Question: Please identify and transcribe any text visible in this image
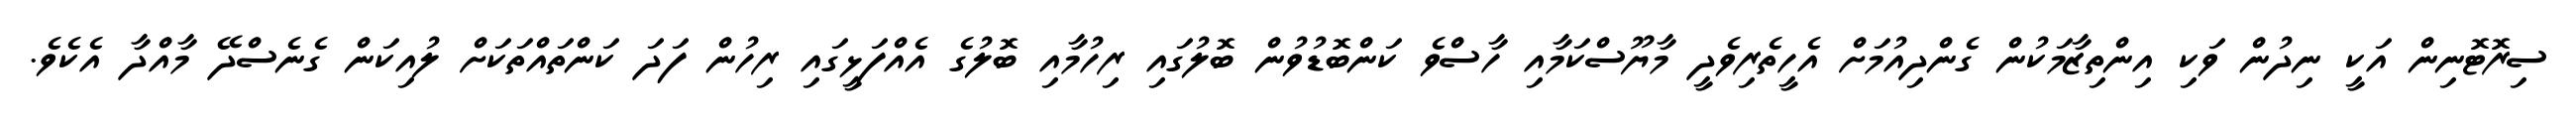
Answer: ސިރޮޓޮނިން އަކީ ނިދުން ވަކި އިންތިޒާމަކުން ގެންދިއުމަށް އެހީތެރިވެދީ މާޔޫސްކަމާއި ހާސްވެ ކަންބޮޑުވުން ބޮލުގައި ރިހުމާއި ބޮލުގެ އެއްފަޅީގައި ރިހުން ފަދަ ކަންތައްތަކަށް ލުއިކަން ގެނެސްދޭ މާއްދާ އެކެވެ.